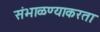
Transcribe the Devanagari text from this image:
संभाळण्याकरता